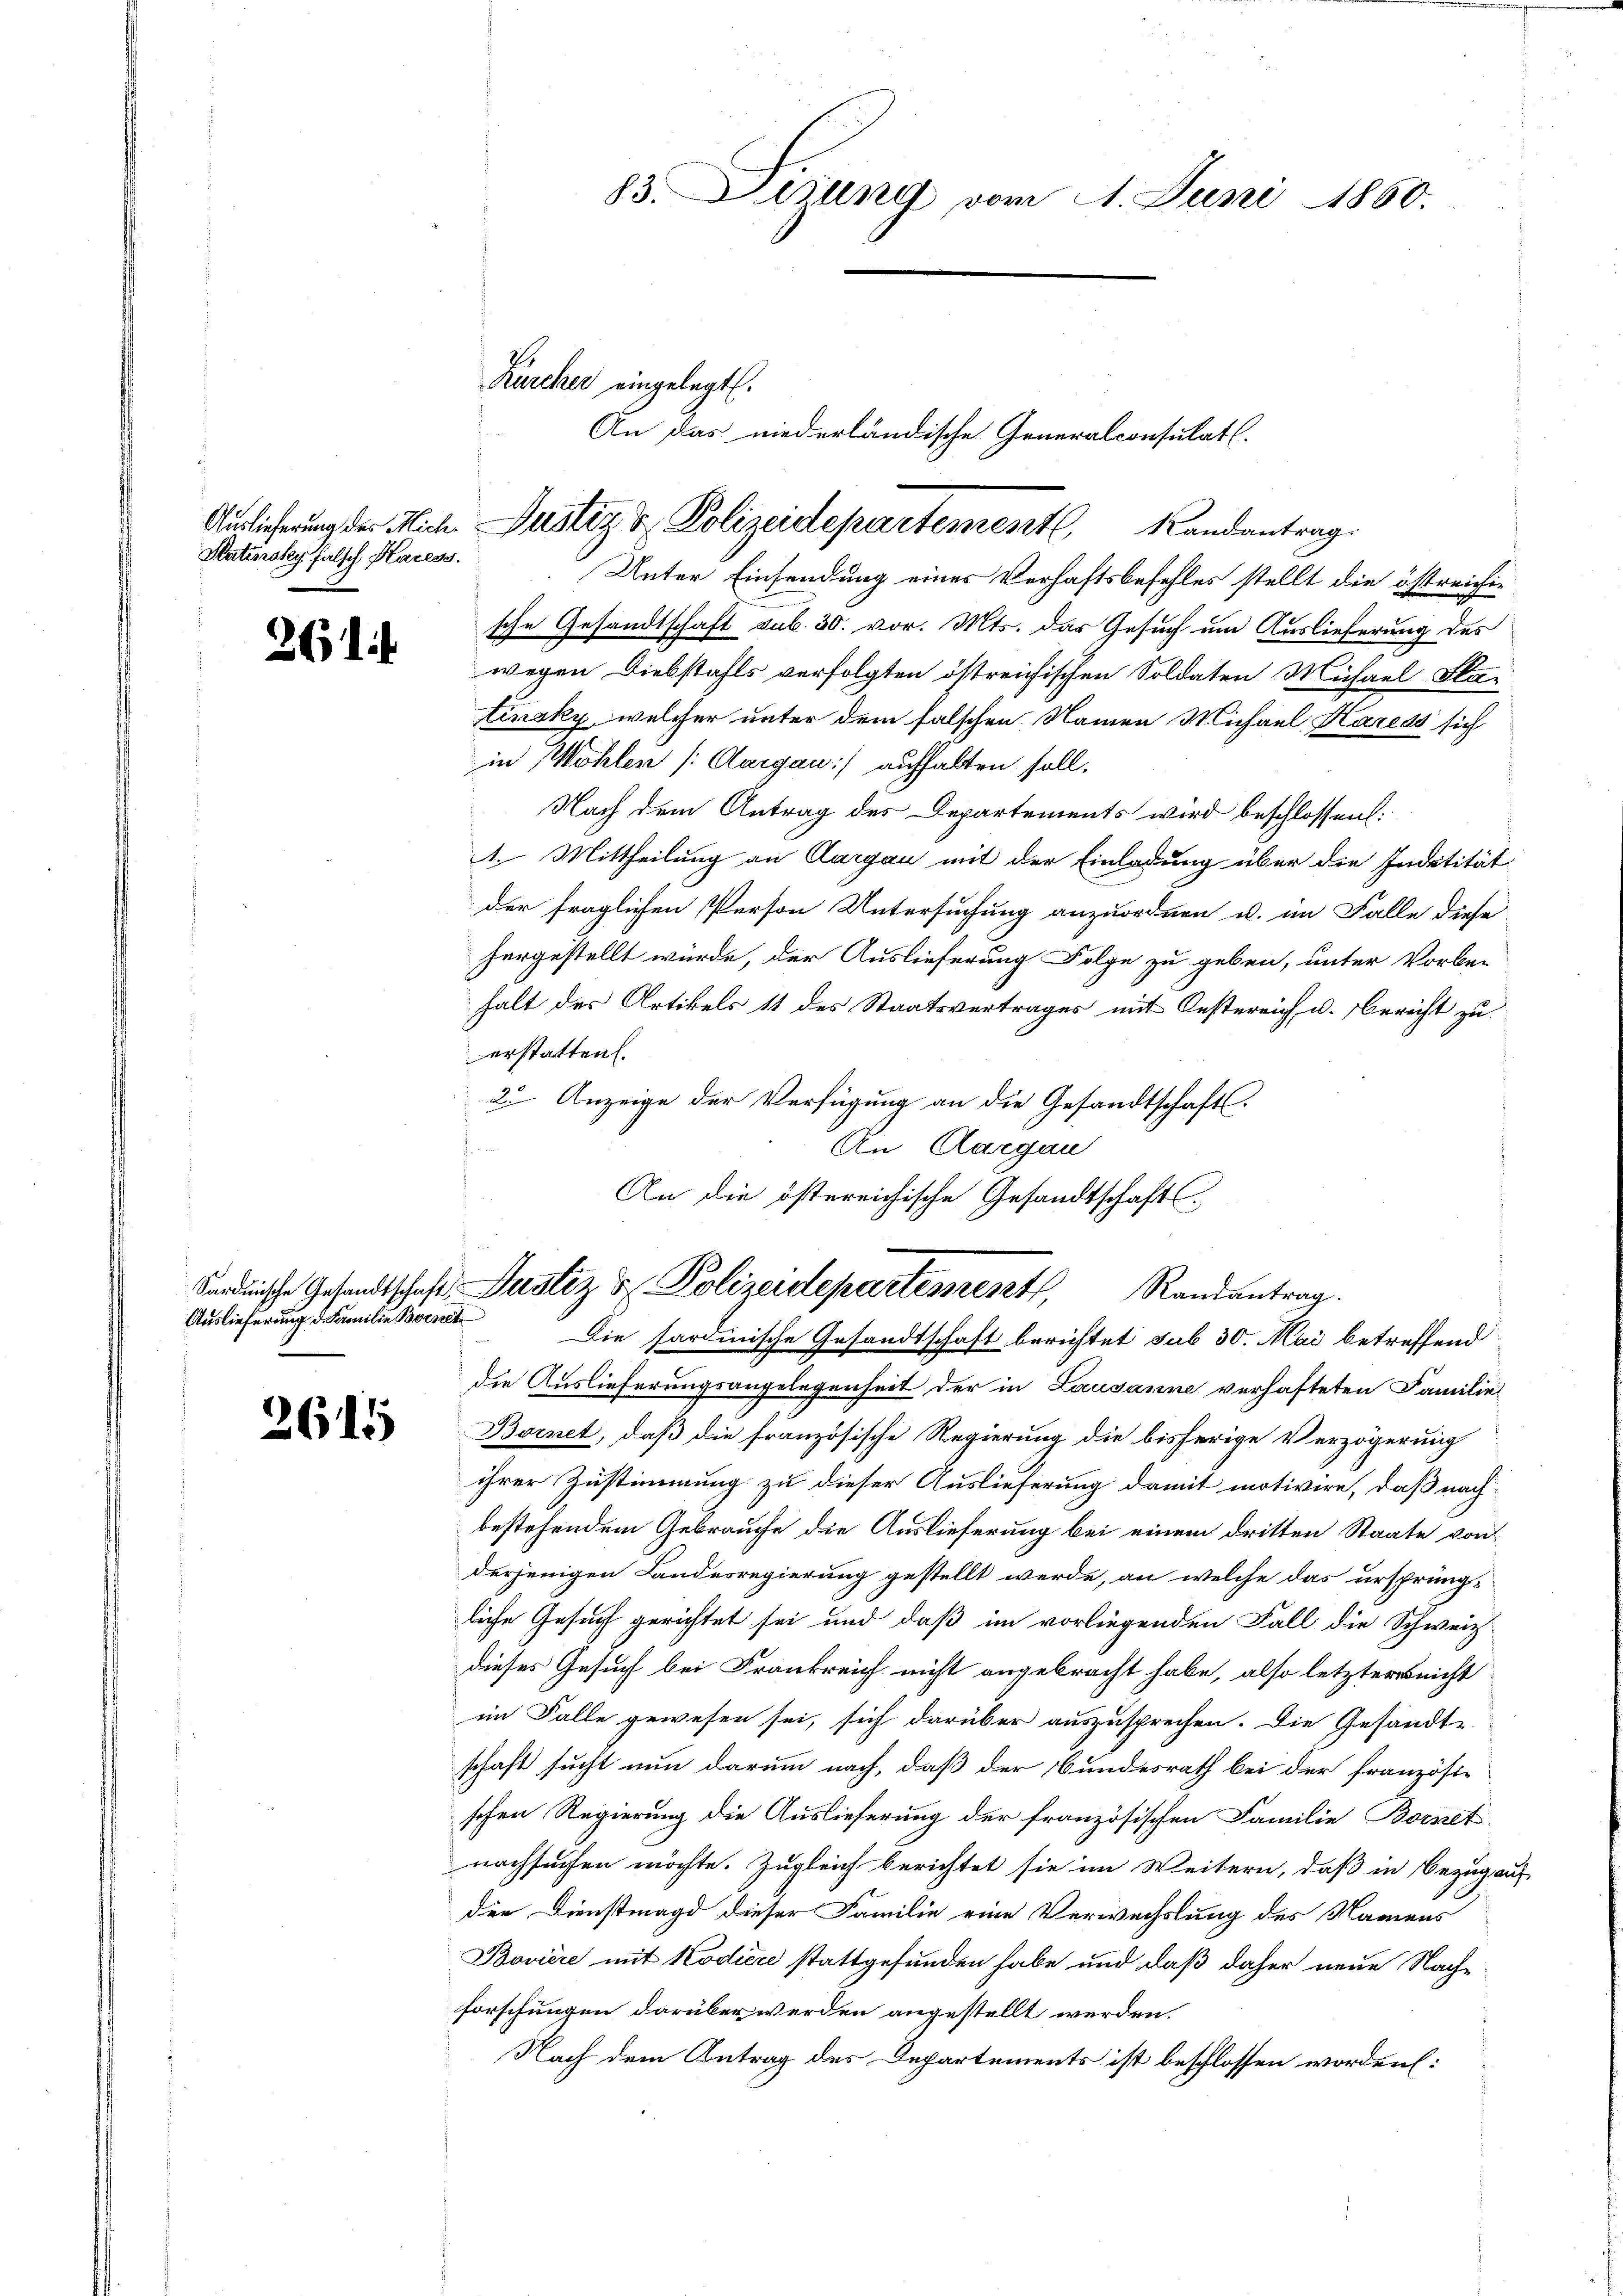
Satinsky falsch Karess.

261.

Auslieferung d. Familie Bornet

2615

83. Disung vom 4. Juni 1860.

Kürcher eingelegt.
Auslieferung der Mich. Justiz & Polizeidepartementl. Landantrag.

Unter Einsendung eines Verhaftsbefehles stellt die östreichische Gesandtschaft sub. 30. vor. Mts. das Gesuch um Auslieferung des
wegen Diebstahls verfolgten östreichischen Soldaten Michael Fla-
tinsky, welcher unter dem falschen Namen Michael Karess sich
in Wohlen (Aargau) aufhalten soll.
Nach dem Antrag des Departements wird beschlossen:
1. Mittheilung an Aargau mit der Einladung über die Indetität
der fraglichen Person Untersuchung anzuordnen u. im Falle diese
hergestellt würde, der Auslieferung Folge zu geben, unter Vorbe-
halt des Artikels 11 des Staatsvertrages mit Oestereich u. Bericht zu
erstatten.
2. Anzeige der Verfügung an die Gesandtschaft.
An Aargau
An die östereichische Gesandtschafts-

die Auslieferungsangelegenheit der in Lausanne verhafteten Familie
Bornet, daß die französische Regierung die bisherige Verzögerung
.
ihrer Zustimmung zu dieser Auslieferung damit motivire, daß nachbestehendem Gebrauche die Auslieferung bei einem dritten Staate von
derjenigen Landesregierung gestellt werde, an welche das ursprungs
liche Gesuch gerichtet sei und daß im vorliegenden Fall die Schweiz
dieses Gesuch bei Frankreich nicht angebracht habe, also letzternicht
im Falle gewesen sei, sich darüber auszusprechen. Die Gesandt-
schaft sucht nun darum nach, daß der Bundesrath bei der französi-
schen Regierung die Auslieferung der französischen Familie Bornet
nachsuchen möchte. Zugleich berichtet sie im Weitern, daß in Bezug auf
der Dienstmagd dieser Familie eine Verwechslung des Namens
Bovière mit Kodiere stattgefunden habe und daß daher neue Nachforschungen darüber werden angestellt werden.
Nach dem Antrag des Departements ist beschlossen worden:

An das niederländische Generalconsulat

Sardische Gesandtschaft Justiz & Polizeidepartement, Randantrag.
Die sardinische Gesandtschaft berichtet sub 30. Mai betreffend